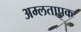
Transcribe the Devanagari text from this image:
अम्लतापक